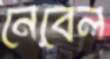
নেবেল